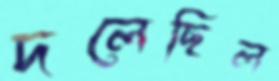
দলেছিল